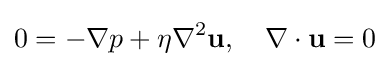
0=-\nabla p+\eta \nabla ^{2}\mathbf {u} ,\quad \nabla \cdot \mathbf {u} =0